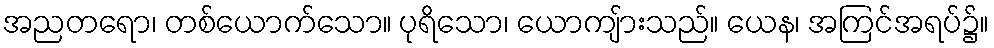
အညတရော၊ တစ်ယောက်သော။ ပုရိသော၊ ယောကျ်ားသည်။ ယေန၊ အကြင်အရပ်၌။